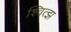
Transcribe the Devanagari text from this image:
श्वित्झ